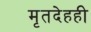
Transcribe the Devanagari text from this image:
मृतदेहही